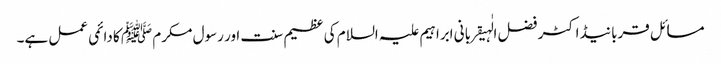
مسائل قربانیڈاکٹر فضل الٰہیقربانی ابراہیم علیہ السلام کی عظیم سنت اور رسول مکرم ﷺ کا دائمی عمل ہے۔